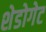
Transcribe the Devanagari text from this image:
शेडोगेट